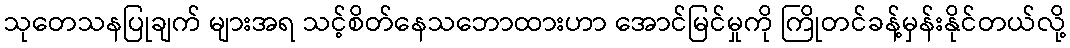
သုတေသနပြုချက် များအရ သင့်စိတ်နေသဘောထားဟာ အောင်မြင်မှုကို ကြိုတင်ခန့်မှန်းနိုင်တယ်လို့